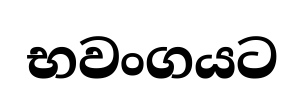
භවංගයට